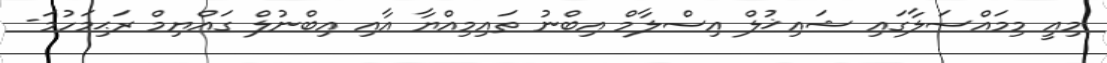
މިއީ މިމައްސަލާގައި ޝައިޚުލް އިސްލާމް އިބްނު ތައިމިއްޔާ އާއި އިބްނުލް ގައްޔިމް ރަޙިމަހުމަ-